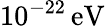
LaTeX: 10^{-22}\, \mathrm{eV}